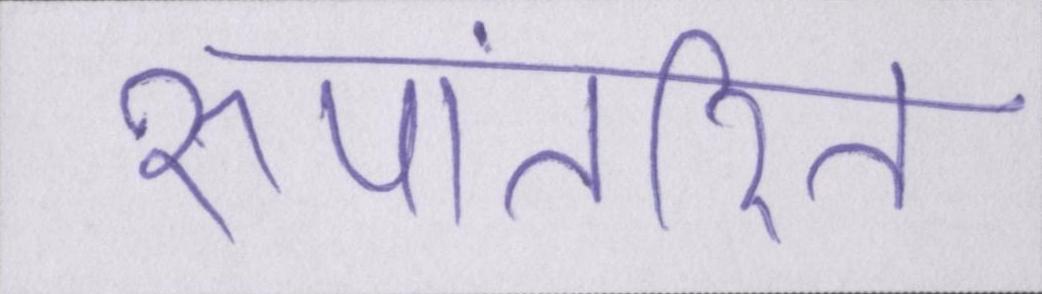
रूपांतरित